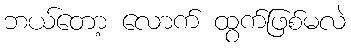
ဘယ်တော့ လောက် ထွက်ဖြစ်မလဲ